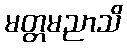
မတ္တမညာသိ